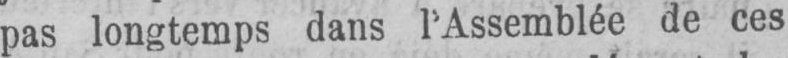
pas longtemps dans l’Assemblée de ces